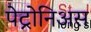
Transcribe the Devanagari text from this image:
पेट्रोनिअस